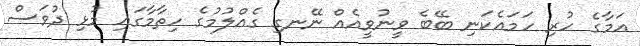
އަމާގެ ހުރި ހަމައެކަނި ބޭބެ ވީނުވީއެއް ނޭނގި ގެއްލުމުގެ ހިތާމާގައި މުޅި ދުވަސް